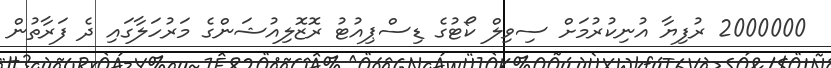
2000000 ރުފިޔާ އުނިކުރުމަށް ސިވިލް ކޯޓުގެ ޑިސްޕިއުޓު ރޮޒޮލިއުޝަންގެ މަރުހަލާގައި ދެ ފަރާތުން